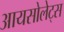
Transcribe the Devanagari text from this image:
आयसोलेट्स